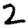
Digit: 2